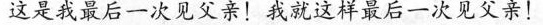
这是我最后一次见父亲！我就这样最后一次见父亲！